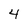
Character: 4